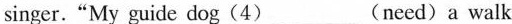
singer."My guide dog(4)___(need)a walk